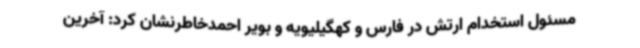
مسئول استخدام ارتش در فارس و کهگیلیویه و بویر احمدخاطرنشان کرد: آخرین